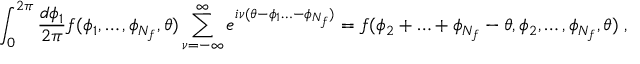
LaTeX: \int _ { 0 } ^ { 2 \pi } \frac { d \phi _ { 1 } } { 2 \pi } f ( \phi _ { 1 } , \ldots , \phi _ { N _ { f } } , \theta ) \sum _ { \nu = - \infty } ^ { \infty } e ^ { i \nu ( \theta - \phi _ { 1 } \ldots - \phi _ { N _ { f } } ) } = f ( \phi _ { 2 } + \ldots + \phi _ { N _ { f } } - \theta , \phi _ { 2 } , \ldots , \phi _ { N _ { f } } , \theta ) \; ,